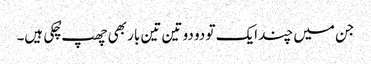
جن میں چند ایک تو دو دو تین تین بار بھی چھپ چُکی ہیں۔